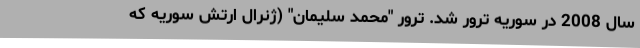
سال 2008 در سوریه ترور شد. ترور "محمد سلیمان" (ژنرال ارتش سوریه که